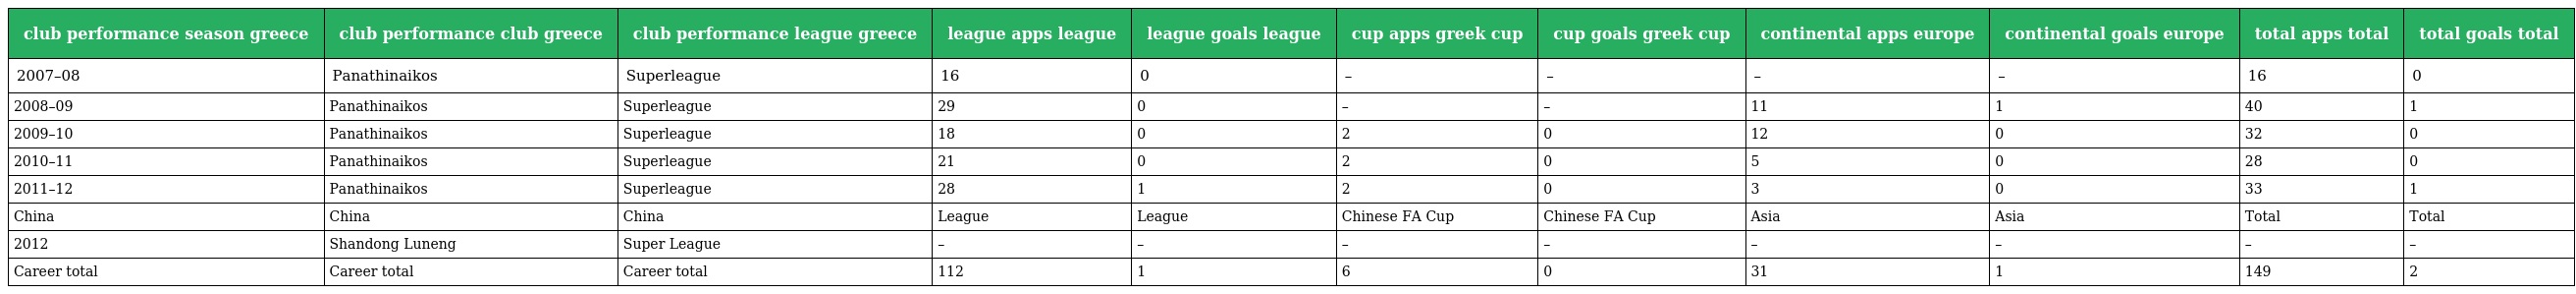
| club performance season greece | club performance club greece | club performance league greece | league apps league | league goals league | cup apps greek cup | cup goals greek cup | continental apps europe | continental goals europe | total apps total | total goals total |
 | --- | --- | --- | --- | --- | --- | --- | --- | --- | --- | --- |
 | 2007–08 | Panathinaikos | Superleague | 16 | 0 | – | – | – | – | 16 | 0 |
 | 2008–09 | Panathinaikos | Superleague | 29 | 0 | – | – | 11 | 1 | 40 | 1 |
 | 2009–10 | Panathinaikos | Superleague | 18 | 0 | 2 | 0 | 12 | 0 | 32 | 0 |
 | 2010–11 | Panathinaikos | Superleague | 21 | 0 | 2 | 0 | 5 | 0 | 28 | 0 |
 | 2011–12 | Panathinaikos | Superleague | 28 | 1 | 2 | 0 | 3 | 0 | 33 | 1 |
 | China | China | China | League | League | Chinese FA Cup | Chinese FA Cup | Asia | Asia | Total | Total |
 | 2012 | Shandong Luneng | Super League | – | – | – | – | – | – | – | – |
 | Career total | Career total | Career total | 112 | 1 | 6 | 0 | 31 | 1 | 149 | 2 |